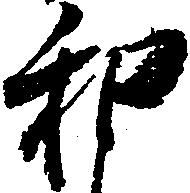
和